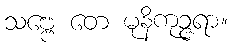
သဗ္ဗေ တေ မုနိကုဉ္ဇရာ။